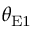
\theta _ { \mathrm { E 1 } }